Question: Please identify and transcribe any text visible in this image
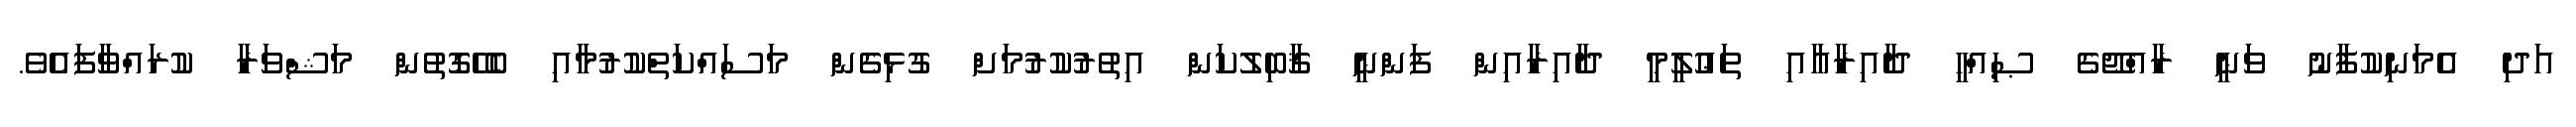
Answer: އަދި އެމަނިކުފާނު ވަނީ ރާއްޖޭގެ ޞިއްޙީ ދާއިރާއާއި ތަޢުލީމީ ދާއިރާއިން ފަންނީ ޤާބިލުކަން އިތުރުކުރުމަށް ގުޅިގެން މަސައްކަތްކުރުމާއި ބެހޭގޮތުން މަޝްވަރާ ކުރައްވާފައެވެ.